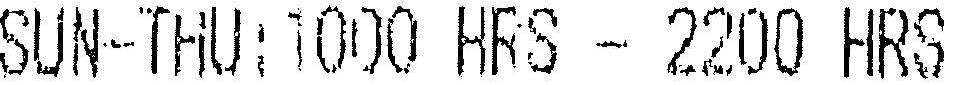
SUN-THU:1000 HRS - 2200 HRS